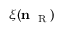
\xi ( \mathbf { n } _ { \mathrm { ~ \tiny ~ R ~ } } )